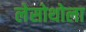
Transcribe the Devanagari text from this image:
लेसोथोला